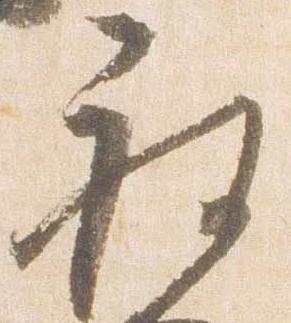
被